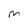
Character: m